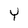
Character: Y